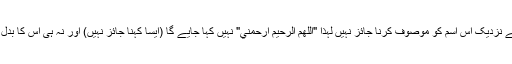
سیبویہ کے نزدیک اس اسم کو موصوف کرنا جائز نہیں لہذا "اللهم الرحيم ارحمني" نہیں کہا جایے گا (ایسا کہنا جائز نہیں) اور نہ ہی اس کا بدل جائز ہے۔